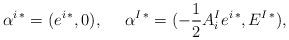
LaTeX: \begin{align*}\alpha^{i\,*}=(e^{i\,*},0), \ \ \ \ \alpha^{I\,*}=(-{1\over 2}A^I_ie^{i\,*},E^{I\,*}),\end{align*}